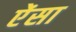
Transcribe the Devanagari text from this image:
ऐंसा